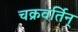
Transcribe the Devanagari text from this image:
चक्रवर्तिन्